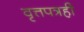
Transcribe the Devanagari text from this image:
वृत्तपत्रही